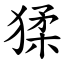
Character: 猱